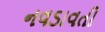
નવડાવતી